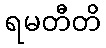
ရမတီတိ